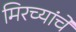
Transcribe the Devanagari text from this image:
मिरच्यांचे